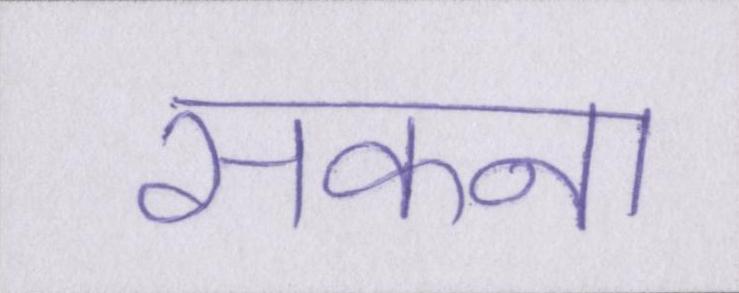
सकना